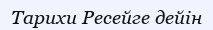
Тарихи Ресейге дейін